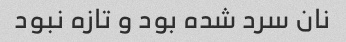
نان سرد شده بود و تازه نبود